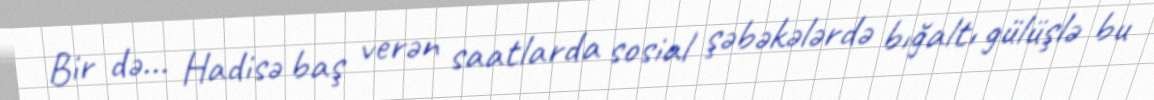
Bir də... Hadisə baş verən saatlarda sosial şəbəkələrdə bığaltı gülüşlə bu